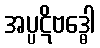
အပ္ပဋိဗဒ္ဓေါ